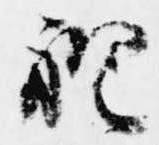
袍